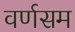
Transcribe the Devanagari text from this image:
वर्णसम